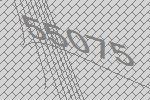
55075